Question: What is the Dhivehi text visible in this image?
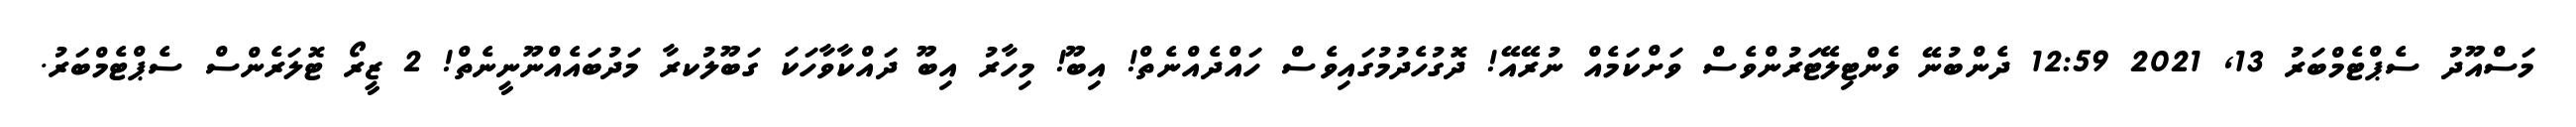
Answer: މަސްއޫދު ސެޕްޓެމްބަރު 13, 2021 12:59 ދެންބުނޭ ވެންޓިލޭޓަރުންވެސް ވަށްކަމެއް ނުރޭއޭ! ދޮގުހެދުމުގައިވެސް ހައްދެއްނެތް! އިބޫ! މިހާރު އިބޫ ދައްކާވާހަކަ ގަބޫލުކރާ މަދުބައެއްނޫނީނެތް! 2 ޒީރޯ ޓޮލަރެންސް ސެޕްޓެމްބަރު.